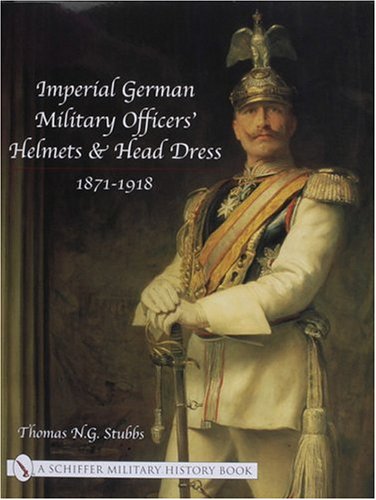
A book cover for Imperial German Military Officers' Helmets and Headdress 1871-1918; Thomas N. G. Stubbs; History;